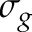
\sigma _ { g }